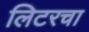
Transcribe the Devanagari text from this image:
लिटरचा